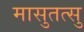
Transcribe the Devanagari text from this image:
मासुतत्सु